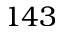
1 4 3